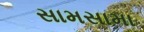
સામસામા